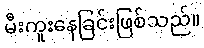
မီးကူးနေခြင်းဖြစ်သည်။